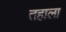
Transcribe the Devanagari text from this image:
तहाला